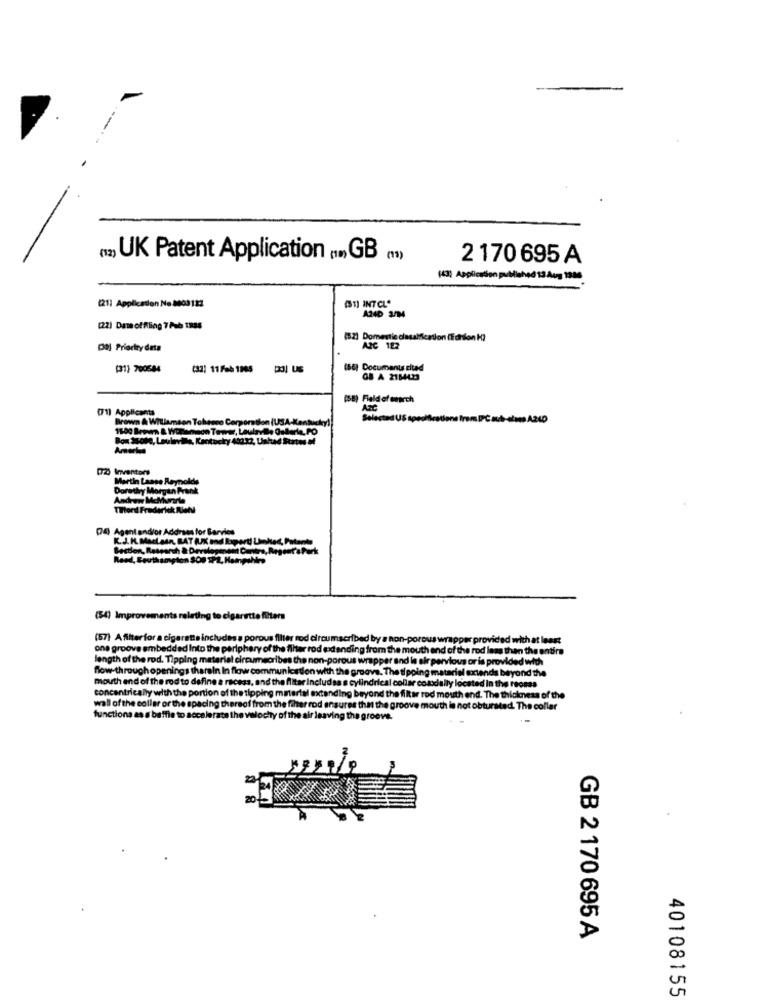
(2) UK Patent Application .... GB ()
2 170 695 A
(43) Application published 13 Aug 1336
[21] Application No. 8003122
(1) INTCL"
[22) Dam offling 7 Aub 1885
(52) Domestic ciasalification (Edision H]
Dal Priority deta
APC 182
(31) 700584
(32) 11 Feb 1985
(66) Documents stad
GB A 2184423
(58) Field of search
(71) Applicants
Azt
Brown & Williamson Tohasco Corporation (USA-Kentuck
Selected US specifications from DPC sub-claes A24D
16:00 Brown &. Williamson Towar, Laulaville Gollerle, PO
Bon Iso80, Laulanville, Kentucky 400.32, Unhad Rates of
Amertua
(72) Inventore
Martin Laase Reynolds
Dorothy Morgan Frank
Andrew McMurrte
THord Frederick Riet
(4) Agent andior Address for Barries
K.J.K. Martsin, BAT (UK and Iaperti Umhec, Patente
Bestlon, Research & Development Contra, Regent's Park
Read, Southampton SOP TPL, Hampshire
(54) Improvements relating to cigarette filters
(67) A filterfor a cigarette includes a porous filter roc
# hon-p
one groove embedded Into the periphery of the filter
mthen
entire
length of the rod. Tipping material circumscribes
rand la
flow-through openings therain In flow communk
The tipping ma
mouth end of the rod to define a raceza, and the flitar
al collar cosodally
concentrically with the portion of the tipping materia
wall of the collar or the spacing thereof from the filter
d the filter rod mos
of the
functions as a baffie to secale
The collar
ofthe
20
GB 2 170 695 A
40108155